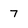
Character: 7